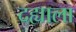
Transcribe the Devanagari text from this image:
दह्याला